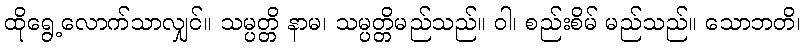
ထိုရွေ့လောက်သာလျှင်။ သမ္ပတ္တိ နာမ၊ သမ္ပတ္တိမည်သည်။ ဝါ၊ စည်းစိမ် မည်သည်။ သောဘတိ၊